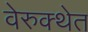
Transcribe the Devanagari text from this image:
वेरुक्थेत